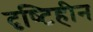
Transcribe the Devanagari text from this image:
दृष्‍टिहीन